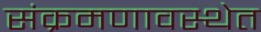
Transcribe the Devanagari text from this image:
संक्रमणावस्थेत